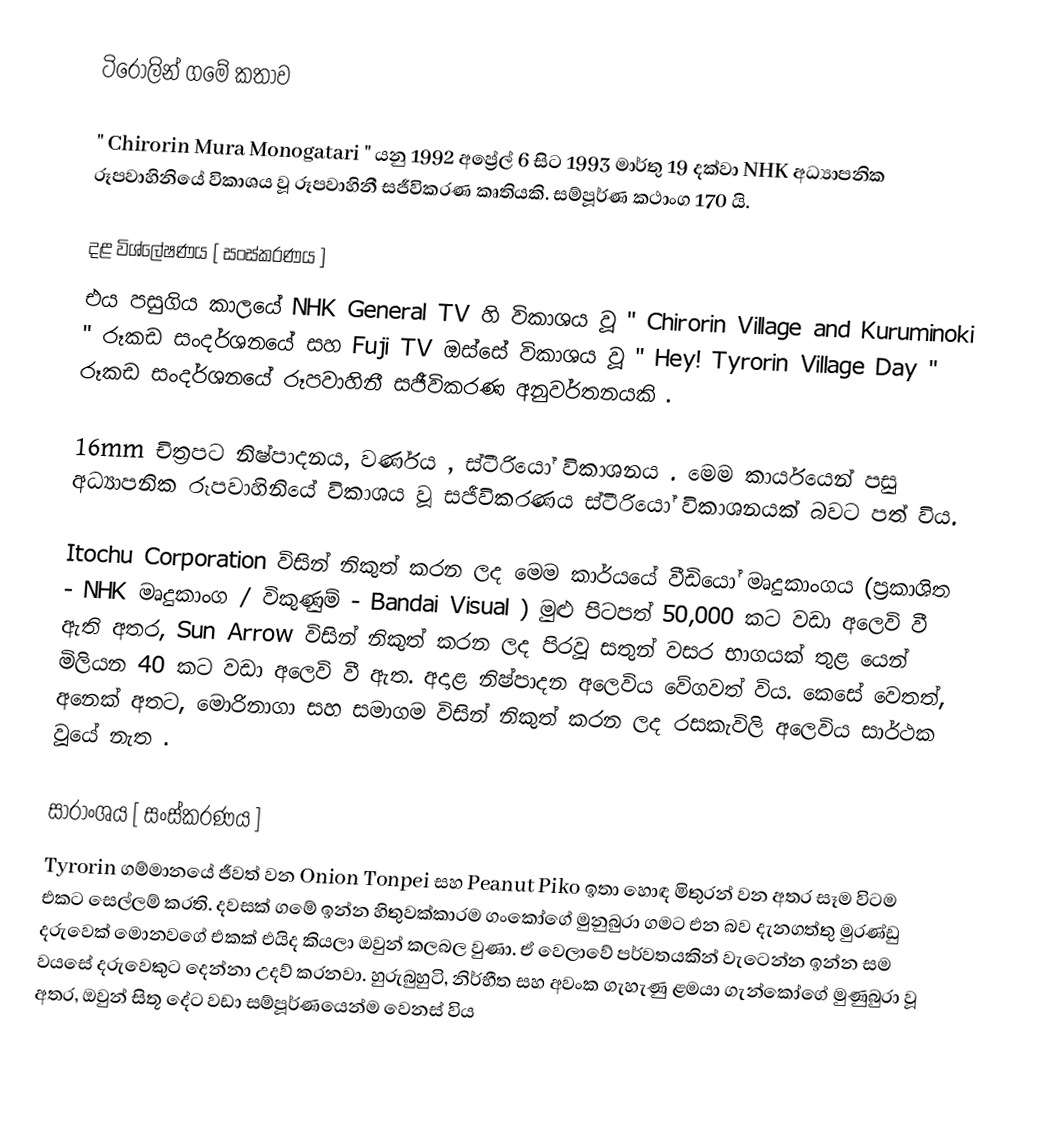
ටිරොලින් ගමේ කතාව

" Chirorin Mura Monogatari " යනු 1992 අප්‍රේල් 6 සිට 1993 මාර්තු 19 දක්වා NHK අධ්‍යාපනික රූපවාහිනියේ විකාශය වූ රූපවාහිනී සජීවිකරණ කෘතියකි. සම්පූර්ණ කථාංග 170 යි.

දළ විශ්ලේෂණය [ සංස්කරණය ]
එය පසුගිය කාලයේ NHK General TV හි විකාශය වූ " Chirorin Village and Kuruminoki " රූකඩ සංදර්ශනයේ සහ Fuji TV ඔස්සේ විකාශය වූ " Hey! Tyrorin Village Day " රූකඩ සංදර්ශනයේ රූපවාහිනී සජීවිකරණ අනුවර්තනයකි .

16mm චිත්‍රපට නිෂ්පාදනය, වර්ණය , ස්ටීරියෝ විකාශනය . මෙම කාර්යයෙන් පසු අධ්‍යාපනික රූපවාහිනියේ විකාශය වූ සජීවිකරණය ස්ටීරියෝ විකාශනයක් බවට පත් විය.

Itochu Corporation විසින් නිකුත් කරන ලද මෙම කාර්යයේ වීඩියෝ මෘදුකාංගය (ප්‍රකාශිත - NHK මෘදුකාංග / විකුණුම් - Bandai Visual ) මුළු පිටපත් 50,000 කට වඩා අලෙවි වී ඇති අතර, Sun Arrow විසින් නිකුත් කරන ලද පිරවූ සතුන් වසර භාගයක් තුළ යෙන් මිලියන 40 කට වඩා අලෙවි වී ඇත. අදාළ නිෂ්පාදන අලෙවිය වේගවත් විය. කෙසේ වෙතත්, අනෙක් අතට, මොරිනාගා සහ සමාගම විසින් නිකුත් කරන ලද රසකැවිලි අලෙවිය සාර්ථක වූයේ නැත  .

සාරාංශය [ සංස්කරණය ]
Tyrorin ගම්මානයේ ජීවත් වන Onion Tonpei සහ Peanut Piko ඉතා හොඳ මිතුරන් වන අතර සෑම විටම එකට සෙල්ලම් කරති. දවසක් ගමේ ඉන්න හිතුවක්කාරම ගංකෝගේ මුනුබුරා ගමට එන බව දැනගත්තු මුරණ්ඩු දරුවෙක් මොනවගේ එකක් එයිද කියලා ඔවුන් කලබල වුණා. ඒ වෙලාවේ පර්වතයකින් වැටෙන්න ඉන්න සම වයසේ දරුවෙකුට දෙන්නා උදව් කරනවා. හුරුබුහුටි, නිර්භීත සහ අවංක ගැහැණු ළමයා ගැන්කෝගේ මුණුබුරා වූ අතර, ඔවුන් සිතූ දේට වඩා සම්පූර්ණයෙන්ම වෙනස් විය